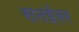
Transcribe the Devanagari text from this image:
सनईवर